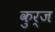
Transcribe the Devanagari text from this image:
कुर्ज